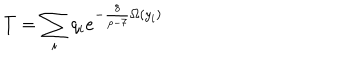
LaTeX: T = \sum _ { i } q _ { i } e ^ { - \frac { 8 } { p - 7 } \Omega ( y _ { i } ) }